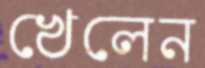
খেলেন